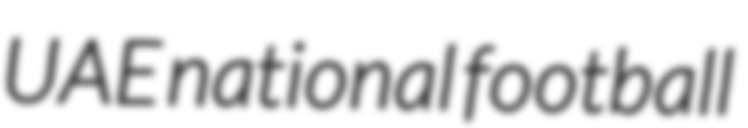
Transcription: UAE national football